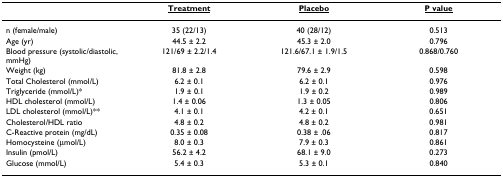
|  | <underline>Treatment</underline> | <underline>Placebo</underline> | <underline>P value</underline> |
 | --- | --- | --- | --- |
 | n (female/male) | 35 (22/13) | 40 (28/12) | 0.513 |
 | Age (yr) | 44.5 ± 2.2 | 45.3 ± 2.0 | 0.796 |
 | Blood pressure (systolic/diastolic, mmHg) | 121/69 ± 2.2/1.4 | 121.6/67.1 ± 1.9/1.5 | 0.868/0.760 |
 | Weight (kg) | 81.8 ± 2.8 | 79.6 ± 2.9 | 0.598 |
 | Total Cholesterol (mmol/L) | 6.2 ± 0.1 | 6.2 ± 0.1 | 0.976 |
 | Triglyceride (mmol/L)* | 1.9 ± 0.1 | 1.9 ± 0.2 | 0.989 |
 | HDL cholesterol (mmol/L) | 1.4 ± 0.06 | 1.3 ± 0.05 | 0.806 |
 | LDL cholesterol (mmol/L)** | 4.1 ± 0.1 | 4.2 ± 0.1 | 0.651 |
 | Cholesterol/HDL ratio | 4.8 ± 0.2 | 4.8 ± 0.2 | 0.981 |
 | C-Reactive protein (mg/dL) | 0.35 ± 0.08 | 0.38 ± .06 | 0.817 |
 | Homocysteine (μmol/L) | 8.0 ± 0.3 | 7.9 ± 0.3 | 0.861 |
 | Insulin (pmol/L) | 56.2 ± 4.2 | 68.1 ± 9.0 | 0.273 |
 | Glucose (mmol/L) | 5.4 ± 0.3 | 5.3 ± 0.1 | 0.840 |